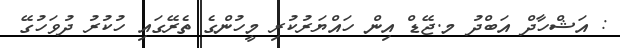
: އަޝްހާދް އަބްދު މ.ޖޭޑް އިން ހައްޔަރުކުރި މީހުންގެ ތެރޭގައި ހުކުރު ދުވަހުގޭ